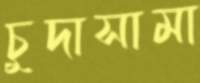
চুদাসামা